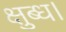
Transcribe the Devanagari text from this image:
क्षुब्ध।